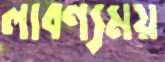
লাবণ্যময়